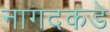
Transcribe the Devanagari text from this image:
नागदकडे